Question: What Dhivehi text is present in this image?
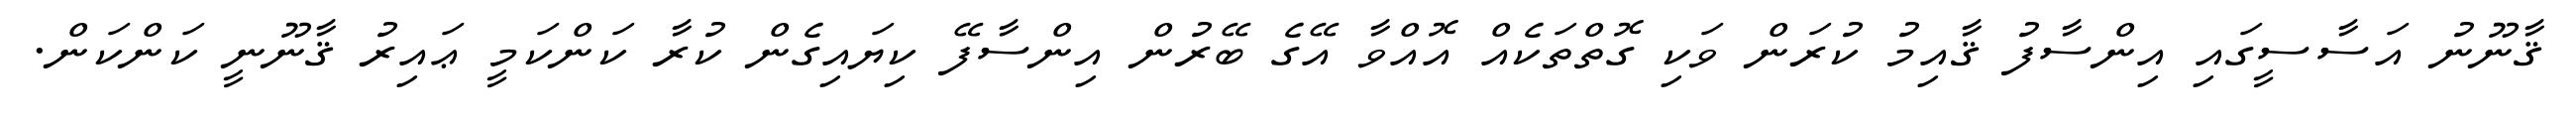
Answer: ޤާނޫނު އަސާސީގައި އިންސާފު ޤާއިމު ކުރަން ވަކި ގޮތްތަކެއް އޮއްވާ އޭގެ ބޭރުން އިންސާފޭ ކިޔައިގެން ކުރާ ކަންކަމީ ޢައިރު ޤާނޫނީ ކަންކަން.